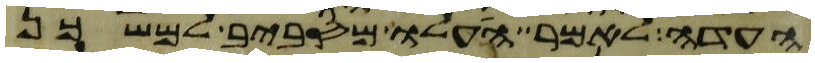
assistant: העדה לאמר העלו מסביב למשכן